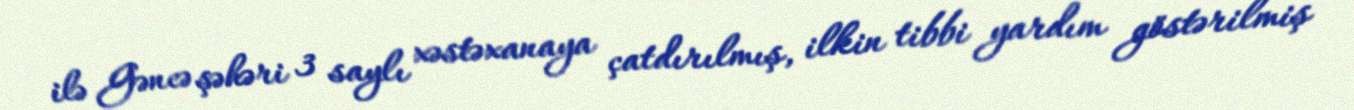
ilə Gəncə şəhəri 3 saylı xəstəxanaya çatdırılmış, ilkin tibbi yardım göstərilmiş